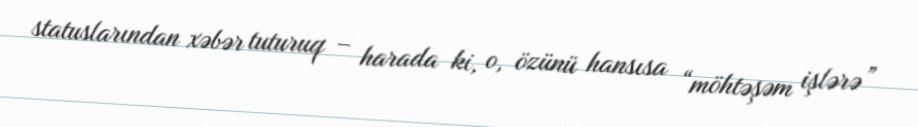
statuslarından xəbər tuturuq – harada ki, o, özünü hansısa “möhtəşəm işlərə”